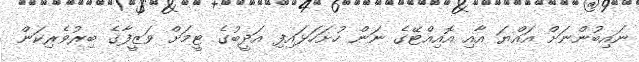
ނައިބުންނަށް އައްޔަ އާއި އޮއިއްޓޭގެ ނަން ހުށަހަޅައިފި އަދީބުގެ ޓީމަށް ވަޒީފާގެ ބިރުވެރިކަން